65_HS1-834228961_62-HQ-83894_Section_9
Agency: FBI
Page 80
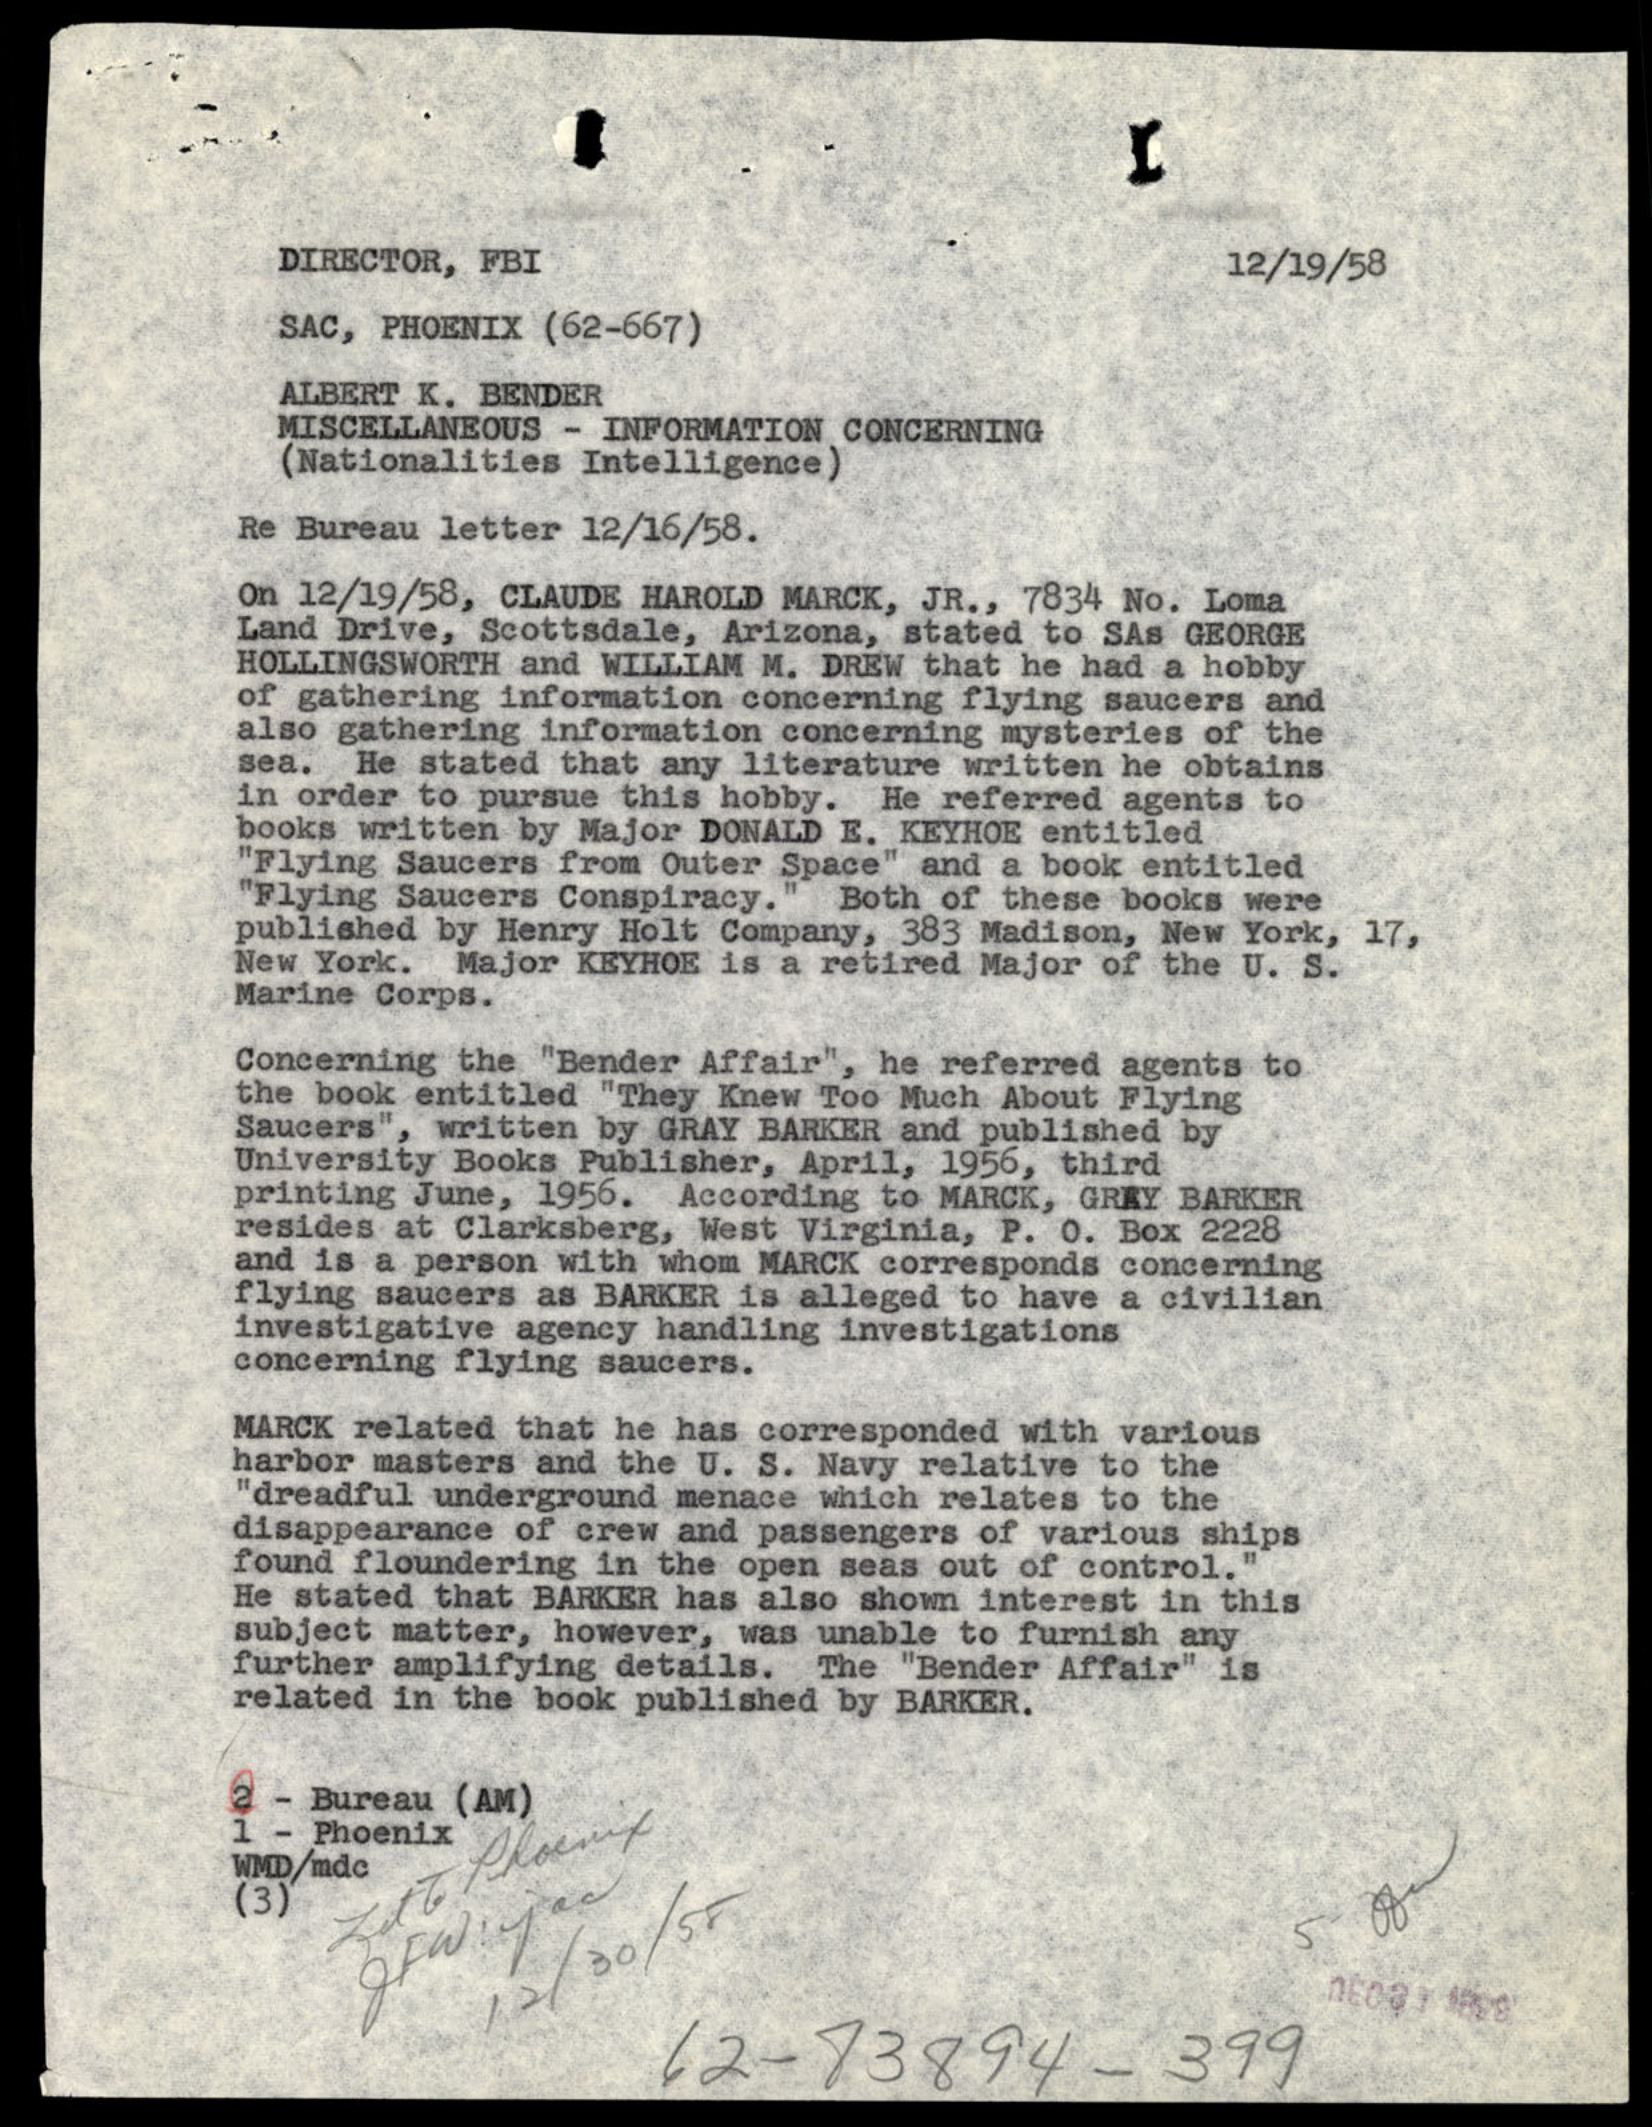